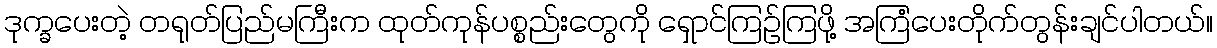
ဒုက္ခပေးတဲ့ တရုတ်ပြည်မကြီးက ထုတ်ကုန်ပစ္စည်းတွေကို ရှောင်ကြဉ်ကြဖို့ အကြံပေးတိုက်တွန်းချင်ပါတယ်။